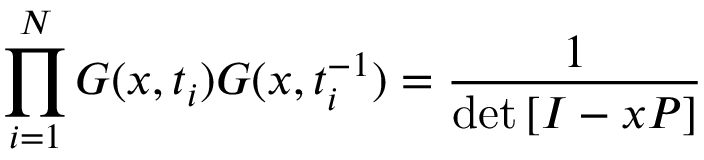
\prod _ { i = 1 } ^ { N } G ( x , t _ { i } ) G ( x , t _ { i } ^ { - 1 } ) = \frac { 1 } { \operatorname * { d e t } \left[ I - x P \right] }